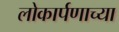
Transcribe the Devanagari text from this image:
लोकार्पणाच्या